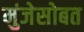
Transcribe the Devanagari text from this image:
मुंजेसोबत